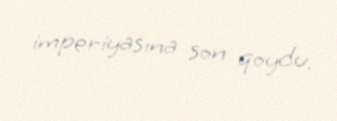
imperiyasına son qoydu.